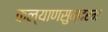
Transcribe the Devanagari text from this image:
कल्याणसुन्दरम